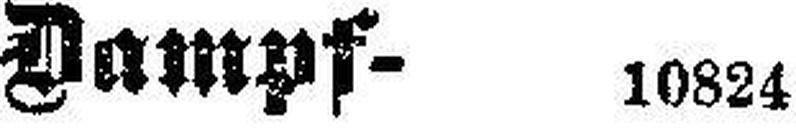
Dampf- 10824